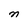
Character: n